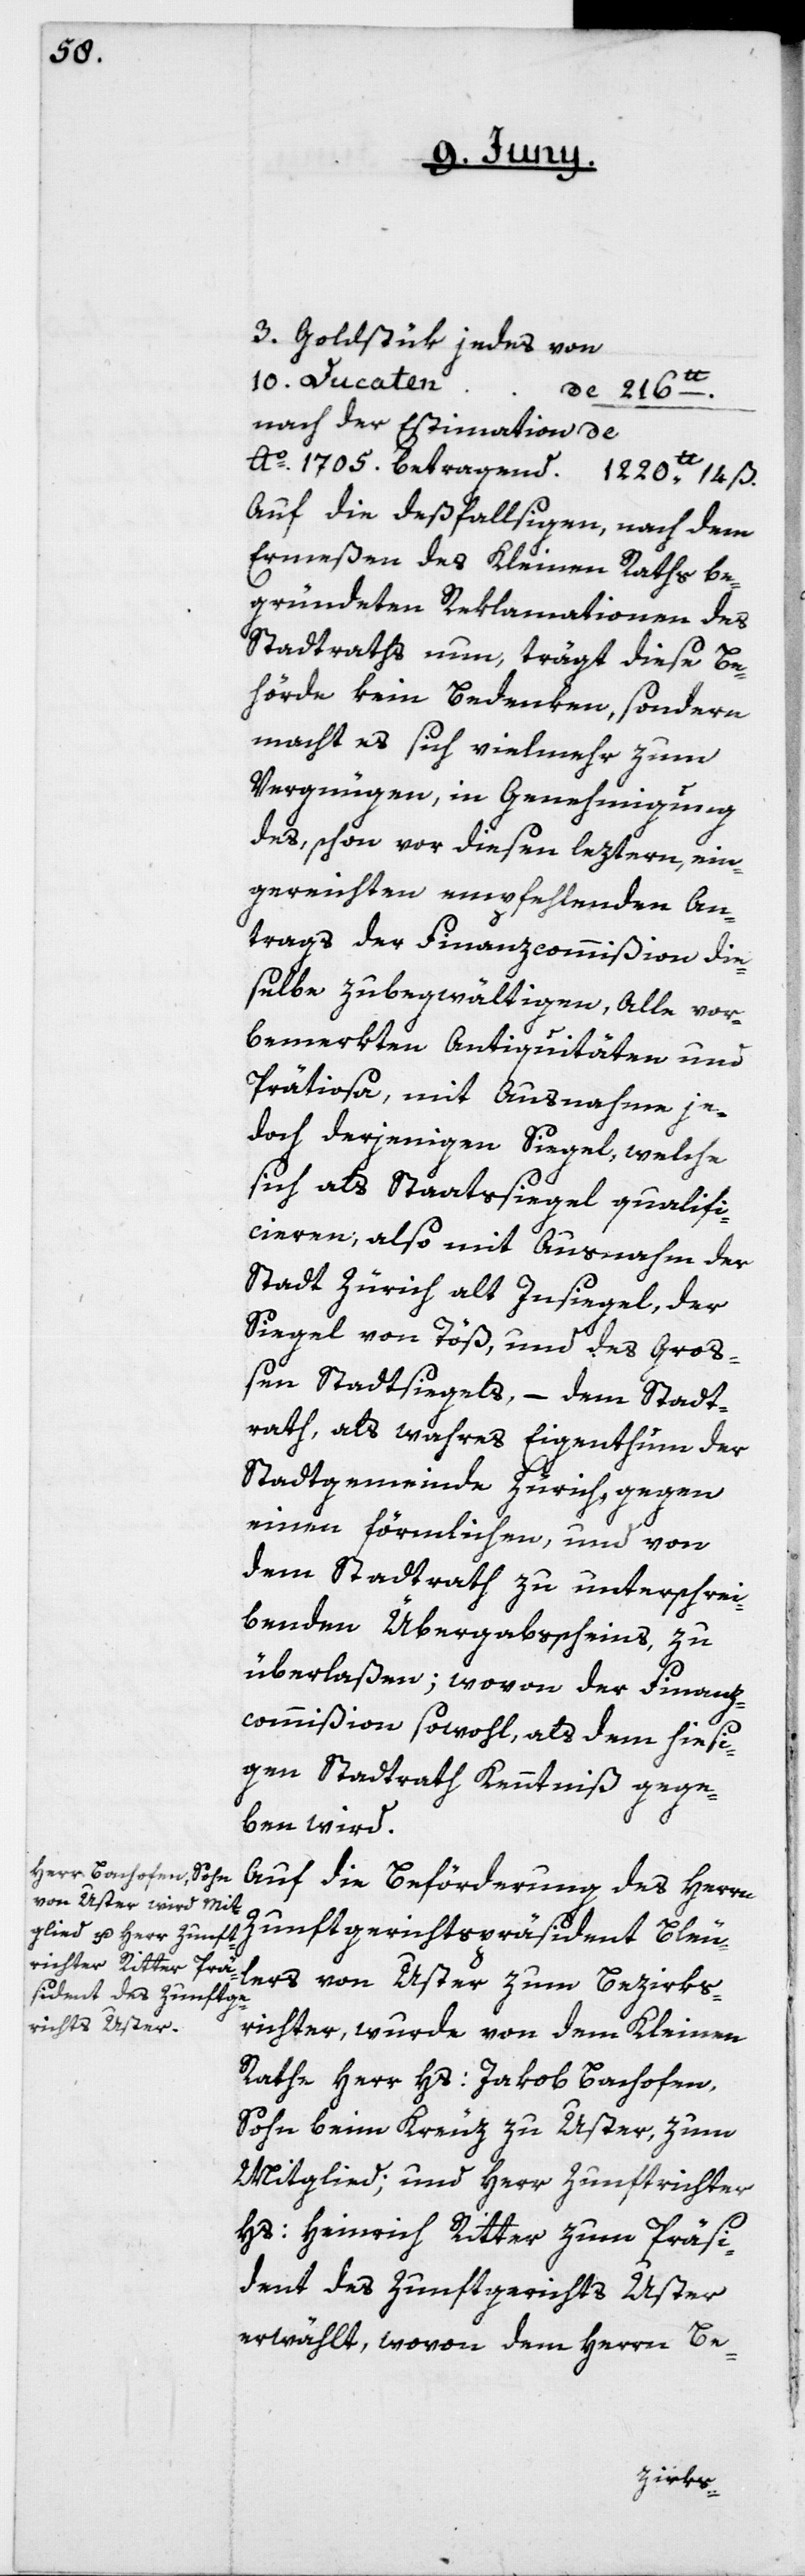
3. Goldstük jedes von
10. Ducaten,
Nach der Estimation de
Auf die deßfallsigen, nach dem
Ermeßen des Kleinen Raths be¬
gründeten Reklamationen des
Stadtraths nun, trägt diese Be¬
hörde kein Bedenken, sondern
macht es sich vielmehr zum
Vergnügen, in Genehmigung
des, schon vor diesen leztern ein¬
gereichten empfehlenden An¬
trags der Finanzcommißion die¬
selbe zubegwältigen, Alle vor¬
bemerkten Antiquitäten und
Prätiosa, mit Ausnahme je¬
doch derjenigen Siegel, welche
sich als Staatssiegel qualifi¬
cieren; also mit Ausnahme der
Stadt Zürich alt Insiegel, der
Siegel von Töß, und des Groß¬
en Stadtsiegels, – dem Stadt¬
rath, als wahres Eigenthum der
Stadtgemeinde Zürich, gegen
einen förmlichen, und von
dem Stadtrath zu unterschrei¬
benden Übergabscheins, zu
überlaßen; wovon der Finanz¬
kommißion sowohl, als dem hiesi¬
gen Stadtrath Kenntniß gege¬
ben wird.
Auf die Beförderung des Herrn
Zunftgerichtspräsident Bleul¬
er von Uster zum Bezirks¬
richter, wurde von dem Kleinen
Rathe Herr Hs: Jakob Bachofen,
Sohn, beim Kreuz zu Uster, zum
Mitglied; und Herr Zunftrichter
Hs: Heinrich Ritter zum Präsi¬
dent des Zunftgerichts Uster
erwählt, wovon dem Herrn Be-